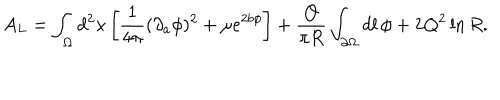
LaTeX: A _ { L } = \int _ { \Omega } d ^ { 2 } x \left[ { \frac { 1 } { 4 \pi } } ( \partial _ { a } \phi ) ^ { 2 } + \mu e ^ { 2 b \phi } \right] + { \frac { Q } { \pi R } } \int _ { \partial \Omega } d l \, \phi + 2 Q ^ { 2 } \ln { R } .